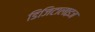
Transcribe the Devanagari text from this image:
डिजिटालाइज